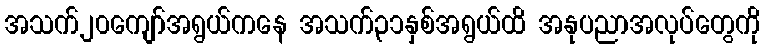
အသက်၂၀ကျော်အရွယ်ကနေ အသက်၃၁နှစ်အရွယ်ထိ အနုပညာအလုပ်တွေကို